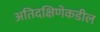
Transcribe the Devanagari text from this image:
अतिदक्षिणेकडील